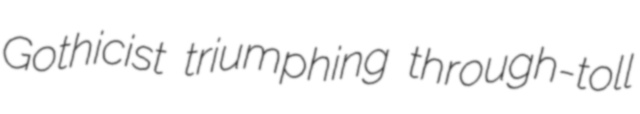
Gothicist triumphing through-toll